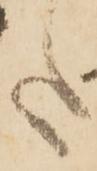
た